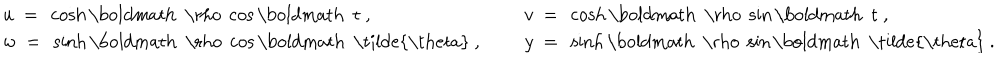
\begin{array} { l l } { { u ~ = ~ \cosh \mathrm { \boldmath ~ \ r h o ~ } \cos \mathrm { \boldmath ~ t ~ } , ~ ~ } } & { { v ~ = ~ \cosh \mathrm { \boldmath ~ \ r h o ~ } \sin \mathrm { \boldmath ~ t ~ } , } } \\ { { w ~ = ~ \sinh \mathrm { \boldmath ~ \ r h o ~ } \cos \mathrm { \boldmath ~ \tilde { \ t h e t a } ~ } , ~ ~ } } & { { y ~ = ~ \sinh \mathrm { \boldmath ~ \ r h o ~ } \sin \mathrm { \boldmath ~ \tilde { \ t h e t a } ~ } . } } \\ \end{array}